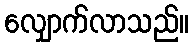
လျှောက်လာသည်။